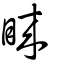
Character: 睞